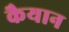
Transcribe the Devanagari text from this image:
कैयान